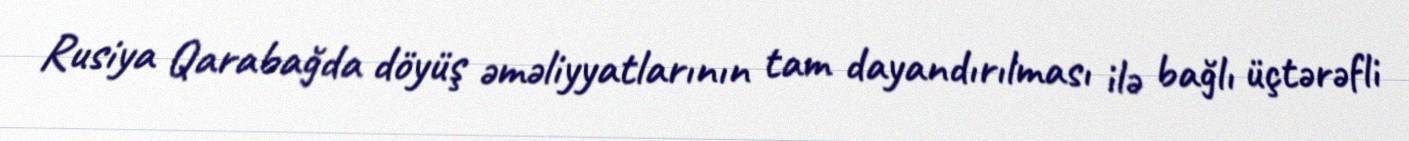
Rusiya Qarabağda döyüş əməliyyatlarının tam dayandırılması ilə bağlı üçtərəfli